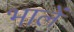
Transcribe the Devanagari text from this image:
भालें